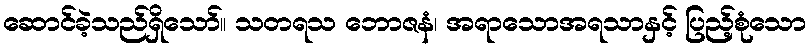
ဆောင်ခဲ့သည်ရှိသော်။ သတရသ ဘောဇနံ၊ အရာသောအရသာနှင့် ပြည့်စုံသော